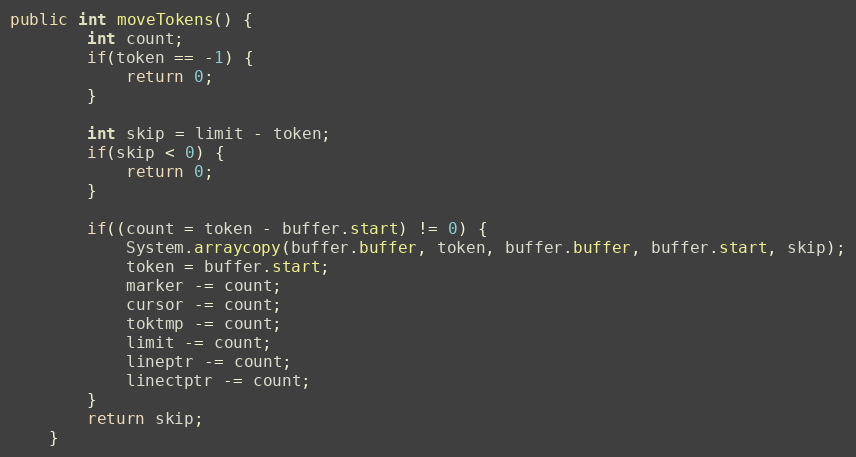
Language: Java
public int moveTokens() {
        int count;
        if(token == -1) {
            return 0;
        }

        int skip = limit - token;
        if(skip < 0) {
            return 0;
        }

        if((count = token - buffer.start) != 0) {
            System.arraycopy(buffer.buffer, token, buffer.buffer, buffer.start, skip);
            token = buffer.start;
            marker -= count;
            cursor -= count;
            toktmp -= count;
            limit -= count;
            lineptr -= count;
            linectptr -= count;
        }
        return skip;
    }